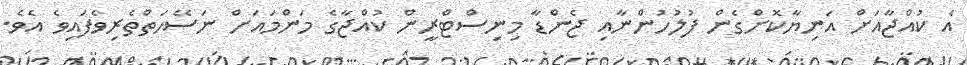
އެ ކުއްޖާއަށް އަނިޔާކޮށްގެން ފުލުހުންނާއި ޖެންޑާ މިނިސްޓްރީން ކުއްޖާގެ މަންމައަށް ނަސޭހަތްތެރިވެފައިވެ އެވެ.